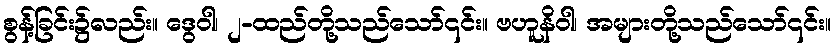
စွန့်ခြင်း၌လည်း။ ဒွေဝါ၊ ၂-ထည်တို့သည်သော်၎င်း။ ဗဟူနိဝါ၊ အများတို့သည်သော်၎င်း။